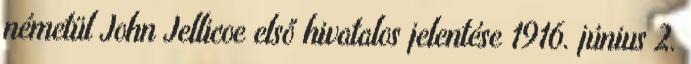
németül John Jellicoe első hivatalos jelentése 1916. június 2.